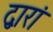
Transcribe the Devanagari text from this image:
द्वारां